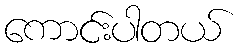
ကောင်းပါတယ်